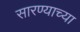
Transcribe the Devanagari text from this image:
सारण्याच्या